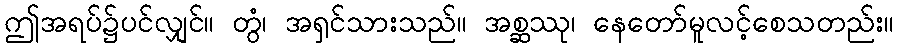
ဤအရပ်၌ပင်လျှင်။ တွံ၊ အရှင်သားသည်။ အစ္ဆဿု၊ နေတော်မူလင့်စေသတည်း။